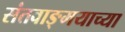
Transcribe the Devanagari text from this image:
संतवाङ्मयाच्या